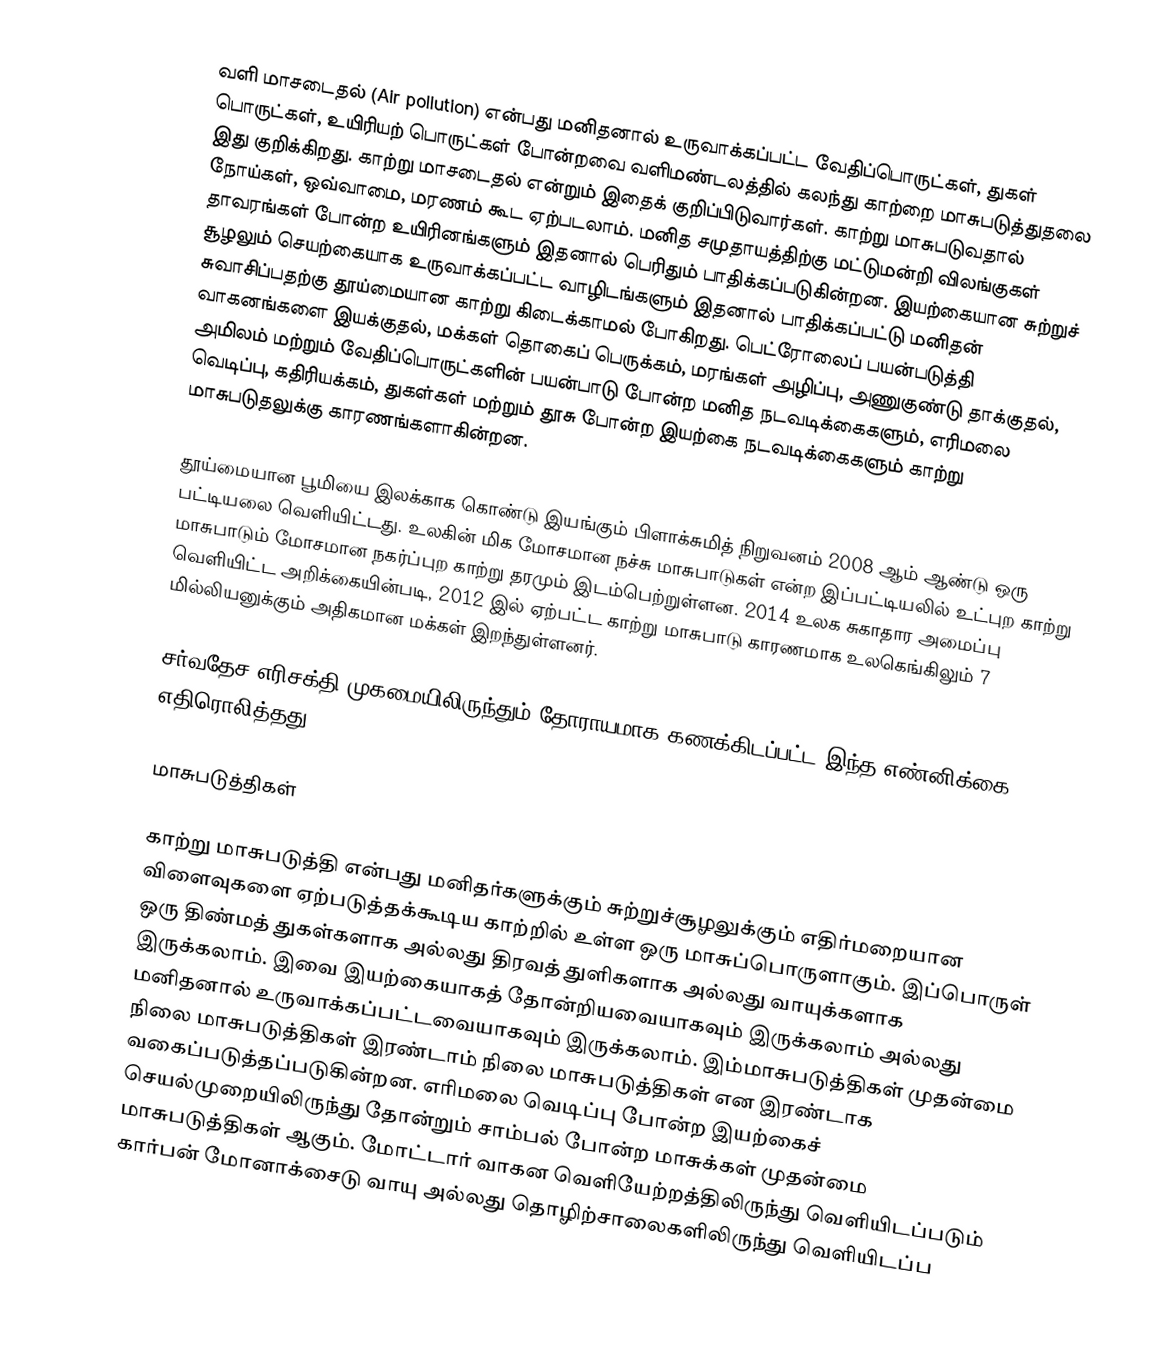
வளி மாசடைதல் (Air pollution) என்பது  மனிதனால் உருவாக்கப்பட்ட  வேதிப்பொருட்கள், துகள் பொருட்கள், உயிரியற் பொருட்கள் போன்றவை வளிமண்டலத்தில் கலந்து காற்றை மாசுபடுத்துதலை இது குறிக்கிறது. காற்று மாசடைதல் என்றும் இதைக் குறிப்பிடுவார்கள். காற்று மாசுபடுவதால் நோய்கள், ஒவ்வாமை, மரணம் கூட ஏற்படலாம். மனித சமுதாயத்திற்கு மட்டுமன்றி விலங்குகள் தாவரங்கள் போன்ற உயிரினங்களும் இதனால் பெரிதும் பாதிக்கப்படுகின்றன. இயற்கையான சுற்றுச் சூழலும் செயற்கையாக உருவாக்கப்பட்ட வாழிடங்களும் இதனால் பாதிக்கப்பட்டு மனிதன் சுவாசிப்பதற்கு தூய்மையான காற்று கிடைக்காமல் போகிறது. பெட்ரோலைப் பயன்படுத்தி வாகனங்களை இயக்குதல், மக்கள் தொகைப் பெருக்கம், மரங்கள் அழிப்பு, அணுகுண்டு தாக்குதல், அமிலம் மற்றும் வேதிப்பொருட்களின் பயன்பாடு போன்ற மனித நடவடிக்கைகளும், எரிமலை வெடிப்பு, கதிரியக்கம், துகள்கள் மற்றும் தூசு போன்ற இயற்கை நடவடிக்கைகளும் காற்று மாசுபடுதலுக்கு காரணங்களாகின்றன.

தூய்மையான பூமியை இலக்காக கொண்டு இயங்கும் பிளாக்சுமித் நிறுவனம் 2008 ஆம் ஆண்டு ஒரு பட்டியலை வெளியிட்டது. உலகின் மிக மோசமான நச்சு மாசுபாடுகள் என்ற இப்பட்டியலில்    உட்புற காற்று மாசுபாடும்  மோசமான நகர்ப்புற காற்று தரமும் இடம்பெற்றுள்ளன.  2014 உலக சுகாதார அமைப்பு வெளியிட்ட அறிக்கையின்படி, 2012 இல் ஏற்பட்ட  காற்று மாசுபாடு காரணமாக உலகெங்கிலும் 7 மில்லியனுக்கும் அதிகமான மக்கள் இறந்துள்ளனர்.

சர்வதேச எரிசக்தி முகமையிலிருந்தும் தோராயமாக கணக்கிடப்பட்ட இந்த எண்னிக்கை எதிரொலித்தது.

மாசுபடுத்திகள்

காற்று மாசுபடுத்தி என்பது மனிதர்களுக்கும் சுற்றுச்சூழலுக்கும் எதிர்மறையான விளைவுகளை ஏற்படுத்தக்கூடிய காற்றில் உள்ள ஒரு மாசுப்பொருளாகும். இப்பொருள் ஒரு திண்மத் துகள்களாக அல்லது திரவத் துளிகளாக அல்லது வாயுக்களாக இருக்கலாம். இவை இயற்கையாகத் தோன்றியவையாகவும் இருக்கலாம் அல்லது மனிதனால் உருவாக்கப்பட்டவையாகவும் இருக்கலாம். இம்மாசுபடுத்திகள் முதன்மை  நிலை மாசுபடுத்திகள் இரண்டாம் நிலை மாசுபடுத்திகள்  என இரண்டாக வகைப்படுத்தப்படுகின்றன. எரிமலை வெடிப்பு போன்ற இயற்கைச் செயல்முறையிலிருந்து தோன்றும் சாம்பல் போன்ற மாசுக்கள் முதன்மை மாசுபடுத்திகள்  ஆகும்.  மோட்டார் வாகன வெளியேற்றத்திலிருந்து  வெளியிடப்படும் கார்பன் மோனாக்சைடு வாயு அல்லது தொழிற்சாலைகளிலிருந்து வெளியிடப்ப